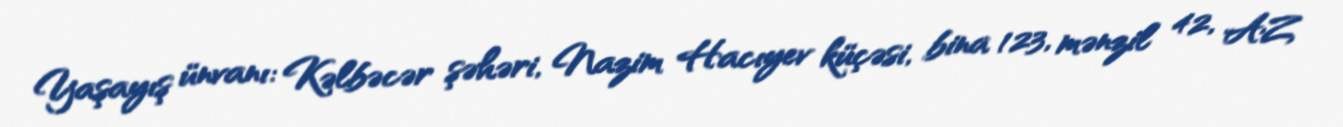
Yaşayış ünvanı: Kəlbəcər şəhəri, Nazim Hacıyev küçəsi, bina 123, mənzil 42, AZ